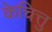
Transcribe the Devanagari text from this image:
केचित्तु